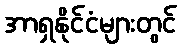
အာရှနိုင်ငံများတွင်